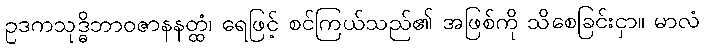
ဥဒကသုဒ္ဓိဘာဝဇာနနတ္ထံ၊ ရေဖြင့် စင်ကြယ်သည်၏ အဖြစ်ကို သိစေခြင်းငှာ။ မာလံ